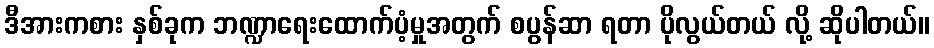
ဒီအားကစား နှစ်ခုက ဘဏ္ဍာရေးထောက်ပံ့မှုအတွက် စပွန်ဆာ ရတာ ပိုလွယ်တယ် လို့ ဆိုပါတယ်။